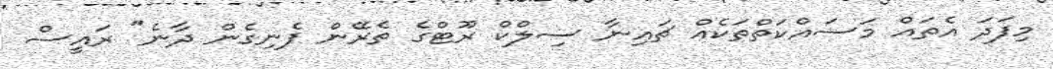
މިފަދަ އެތައް މަސައްކަތްތަކެއް ޗައިނާ ސިލްކް ރޫޓްގެ ތެރޭން ފެނިގެން ދާނެ" ރައީސް